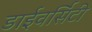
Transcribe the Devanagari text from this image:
डाईवर्सिटी